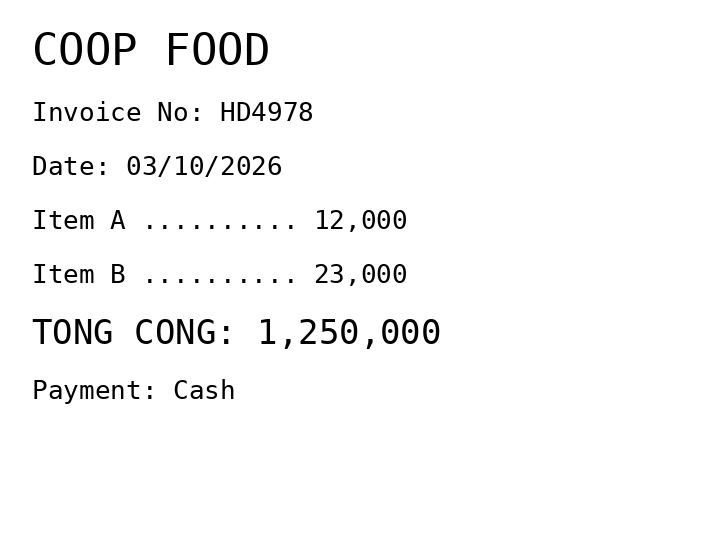
COOP FOOD
Invoice No: HD4978
Date: 03/10/2026
Item A .......... 12,000
Item B .......... 23,000
TONG CONG: 1,250,000
Payment: Cash
Merchant: coop food
Date: 2026-10-03
Total: 1250000
Invoice No: HD4978
Payment method: CASH